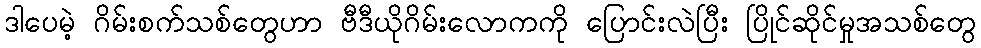
ဒါပေမဲ့ ဂိမ်းစက်သစ်တွေဟာ ဗီဒီယိုဂိမ်းလောကကို ပြောင်းလဲပြီး ပြိုင်ဆိုင်မှုအသစ်တွေ